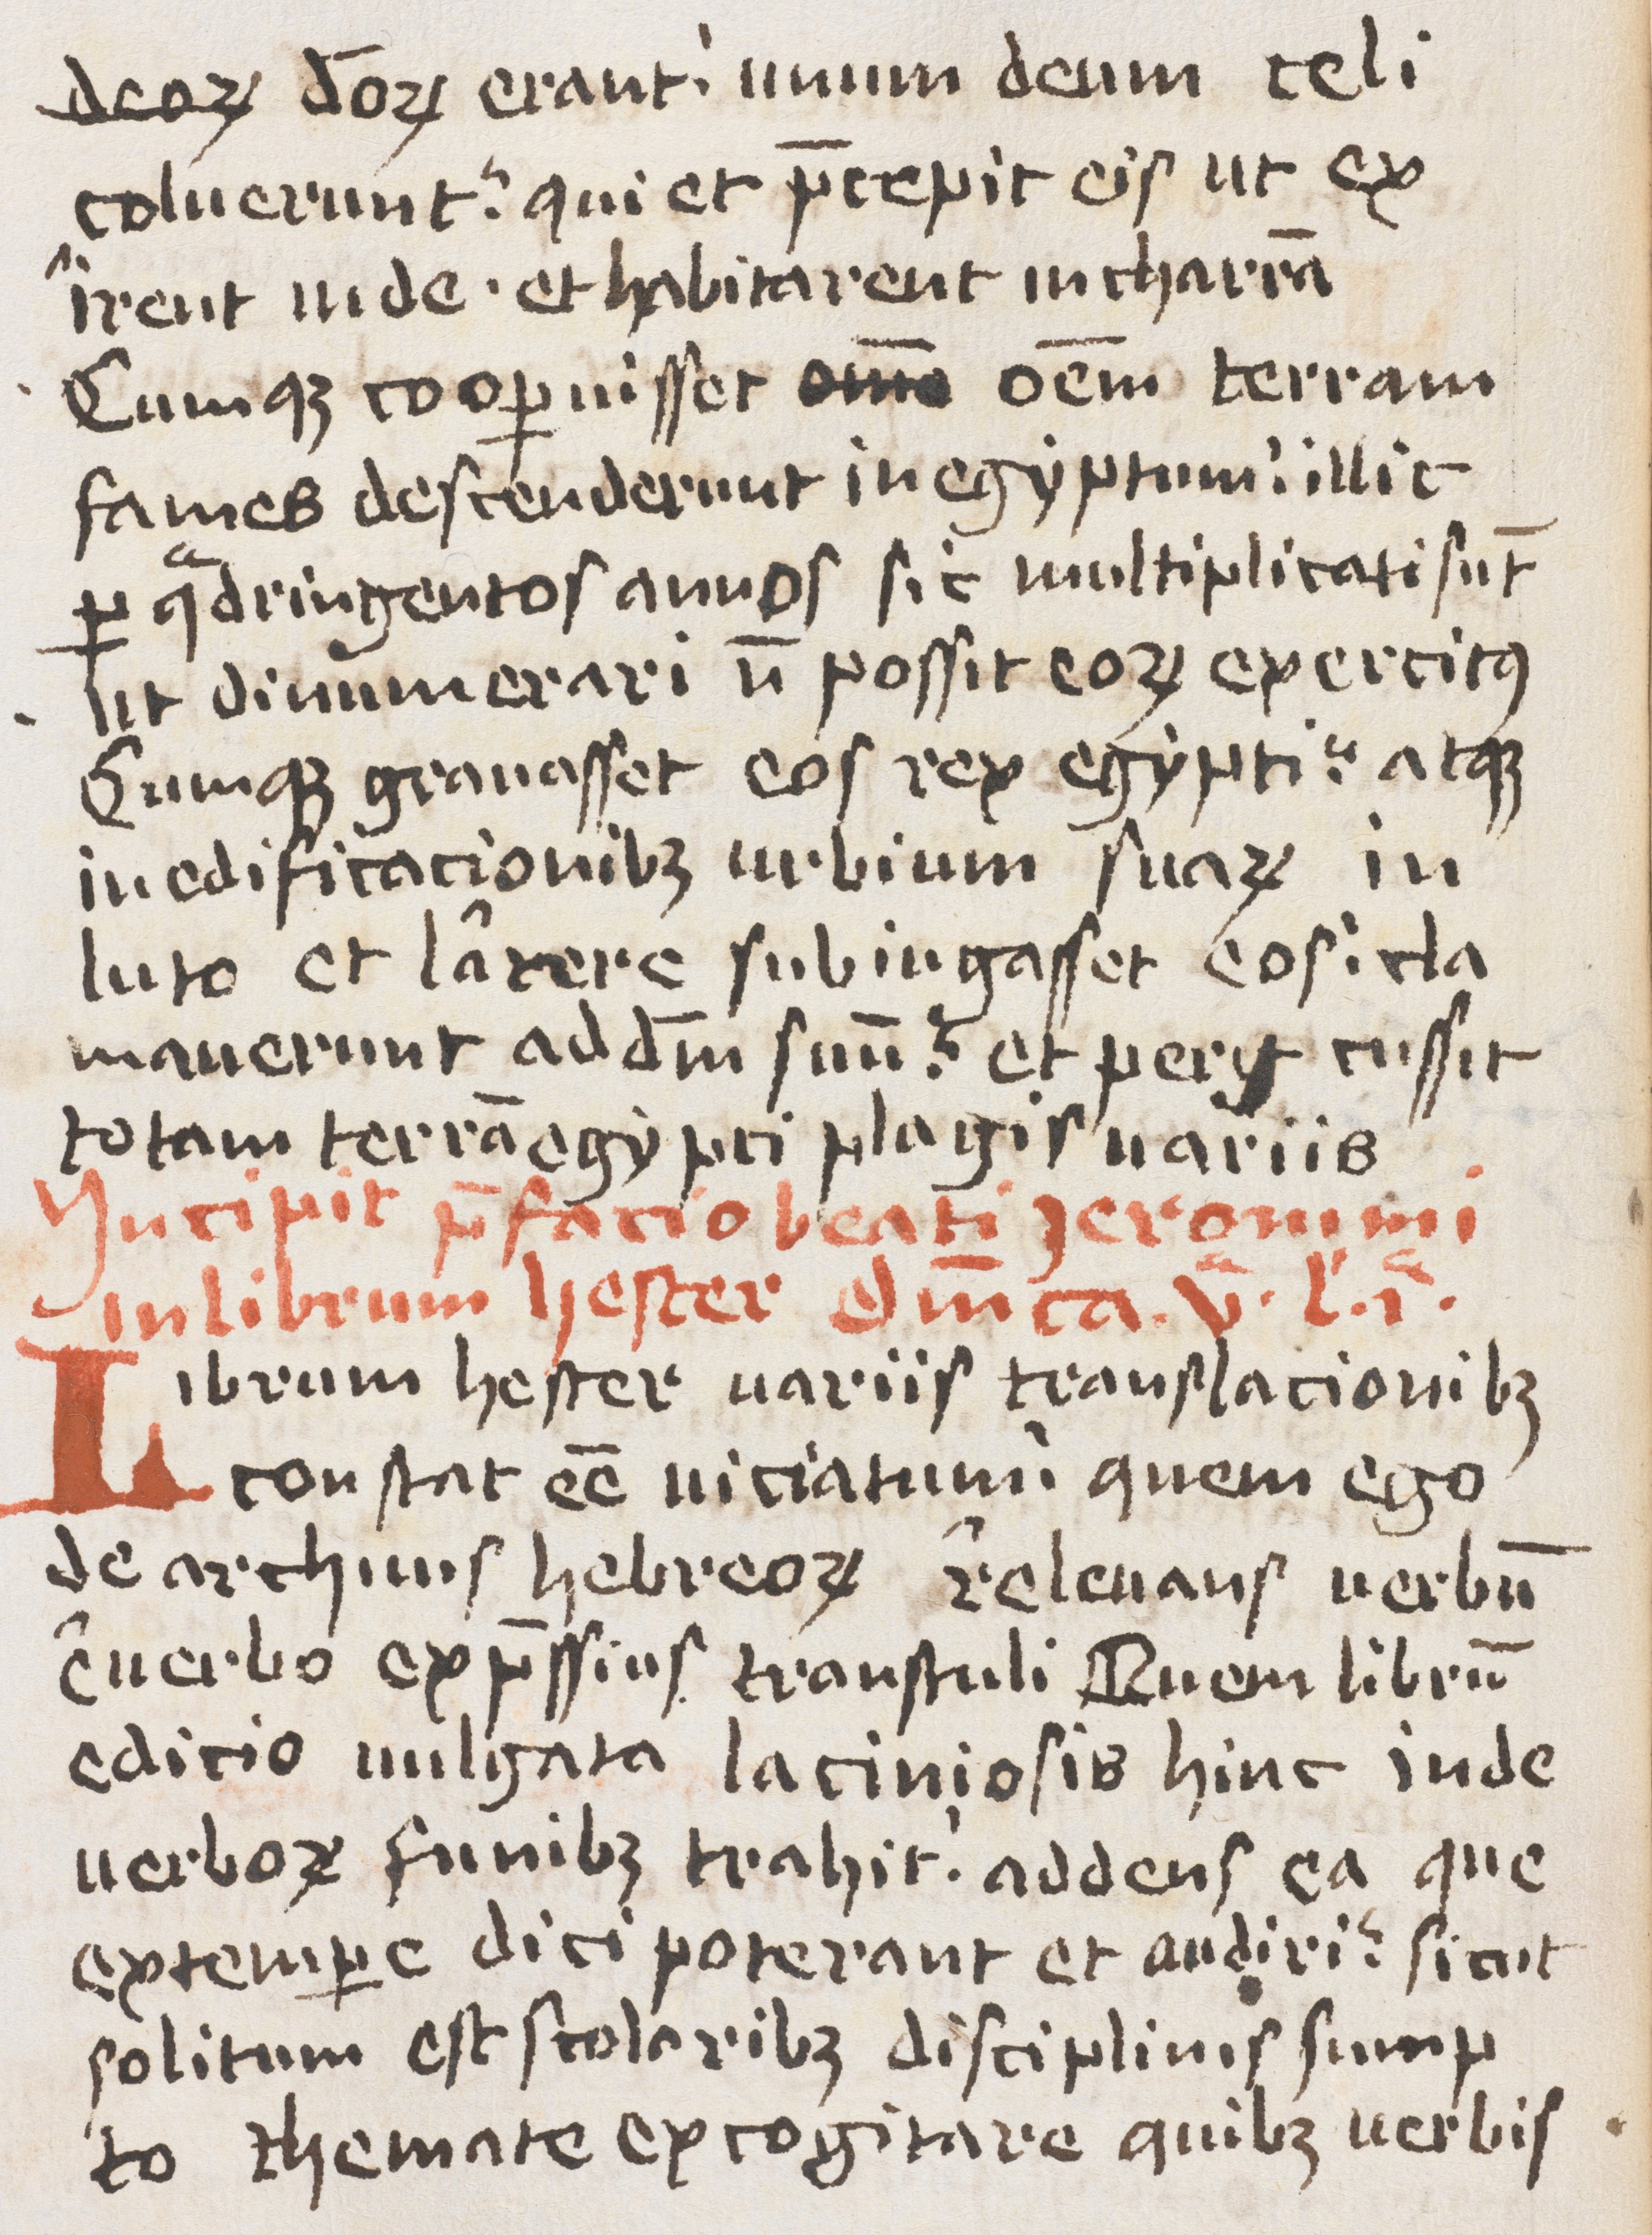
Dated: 1400–1499